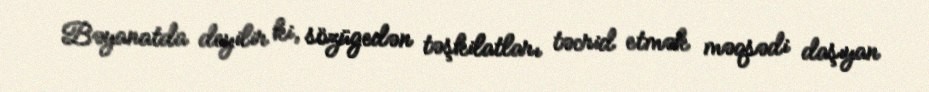
Bəyanatda deyilir ki, sözügedən təşkilatları təcrid etmək məqsədi daşıyan